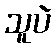
သူပဲ